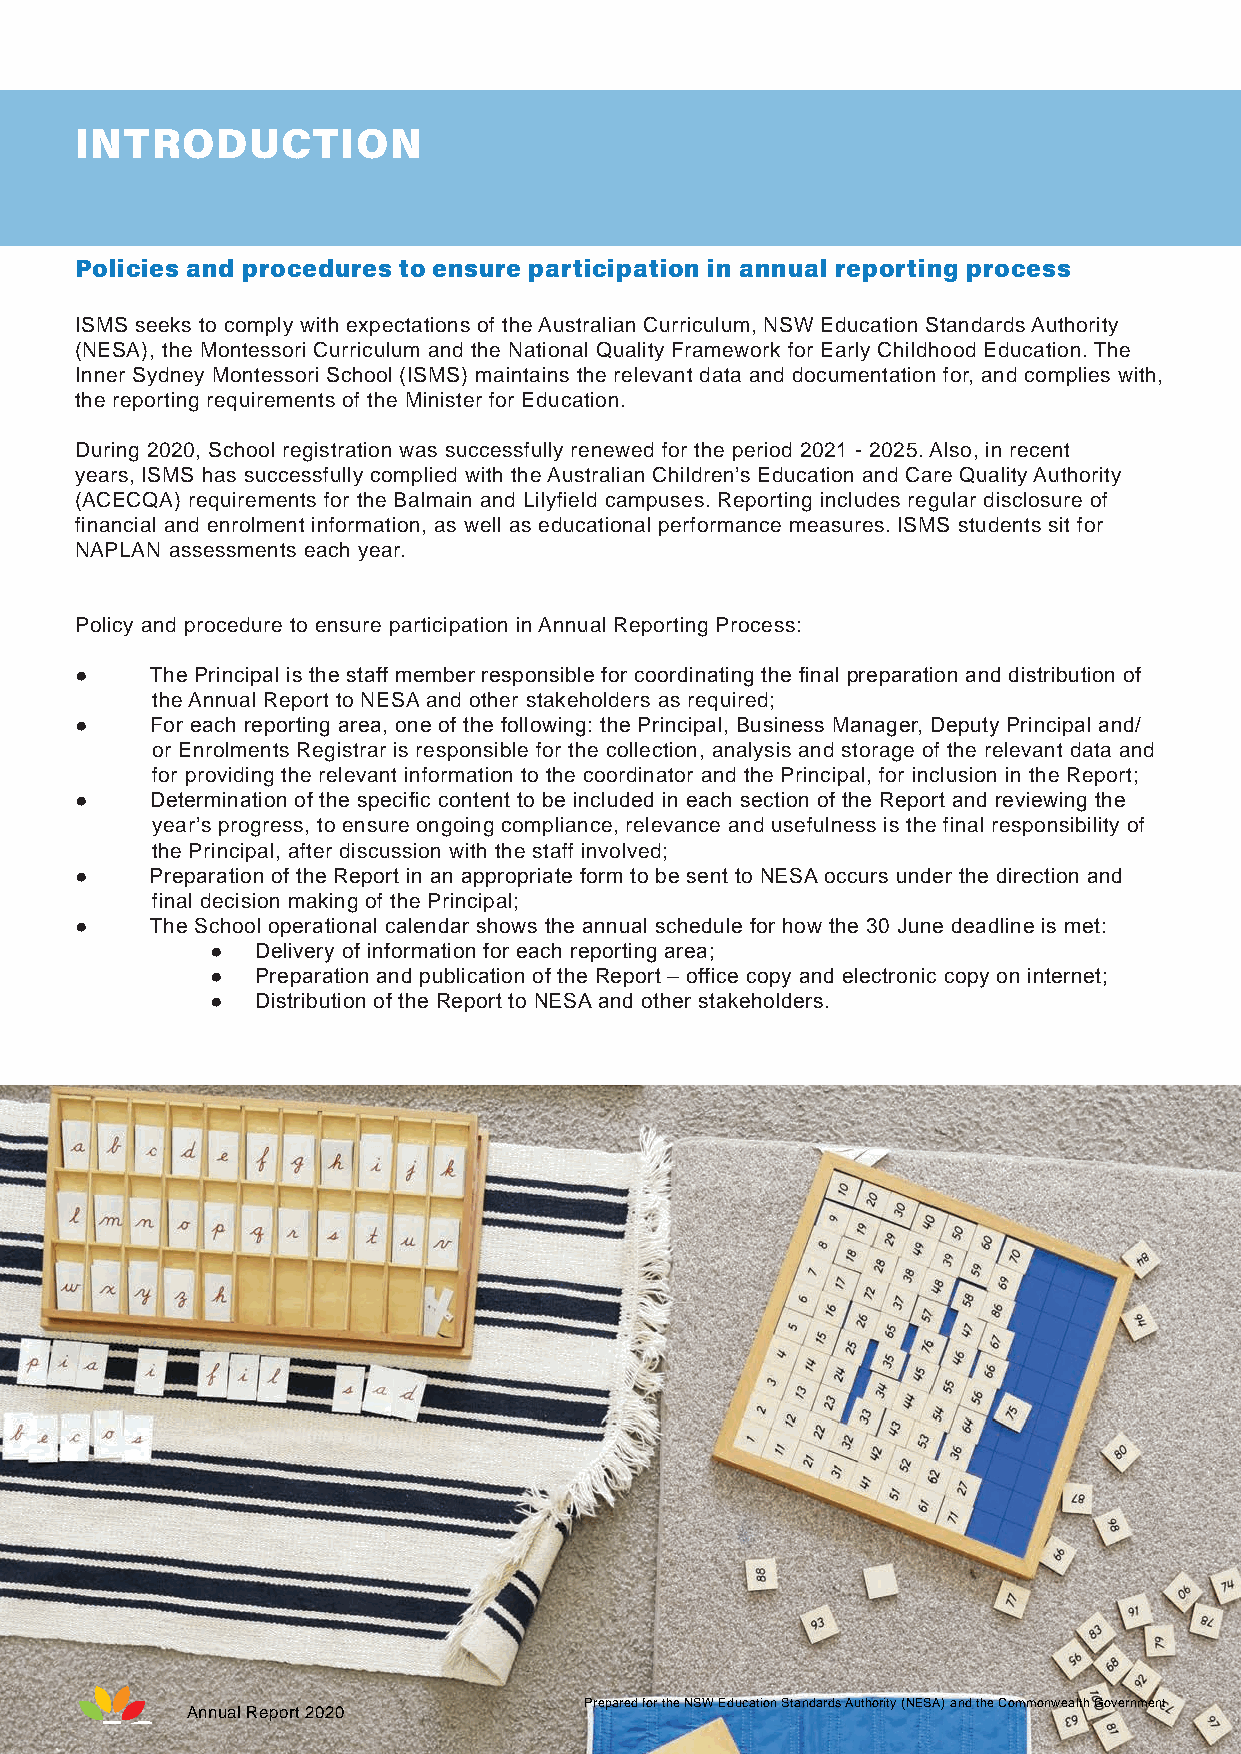
INTRODUCTION
 Policies and procedures to ensure participation in annual reporting process
 ISMS seeks to comply with expectations of the Australian Curriculum, NSW Education Standards Authority
 (NESA), the Montessori Curriculum and the National Quality Framework for Early Childhood Education. The
 Inner Sydney Montessori School (ISMS) maintains the relevant data and documentation for, and complies with,
 the reporting requirements of the Minister for Education.
 During 2020, School registration was successfully renewed for the period 2021 - 2025. Also, in recent
 years, ISMS has successfully complied with the Australian Children’s Education and Care Quality Authority
 (ACECQA) requirements for the Balmain and Lilyfield campuses. Reporting includes regular disclosure of
 financial and enrolment information, as well as educational performance measures. ISMS students sit for
 NAPLAN assessments each year.
 Policy and procedure to ensure participation in Annual Reporting Process:
 ●    The Principal is the staff member responsible for coordinating the final preparation and distribution of
 the Annual Report to NESA and other stakeholders as required;
 ●    For each reporting area, one of the following: the Principal, Business Manager, Deputy Principal and/
 or Enrolments Registrar is responsible for the collection, analysis and storage of the relevant data and
 for providing the relevant information to the coordinator and the Principal, for inclusion in the Report;
 ●    Determination of the specific content to be included in each section of the Report and reviewing the
 year’s progress, to ensure ongoing compliance, relevance and usefulness is the final responsibility of
 the Principal, after discussion with the staff involved;
 ●    Preparation of the Report in an appropriate form to be sent to NESA occurs under the direction and
 final decision making of the Principal;
 ●    The School operational calendar shows the annual schedule for how the 30 June deadline is met:
 ●  Delivery of information for each reporting area;
 ●  Preparation and publication of the Report – office copy and electronic copy on internet;
 ●  Distribution of the Report to NESA and other stakeholders.
 Prepared for the NSW Education Standards Authority (NESA) and the Commonwealth Government
 Annual Report 2020